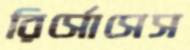
রির্সোসেস